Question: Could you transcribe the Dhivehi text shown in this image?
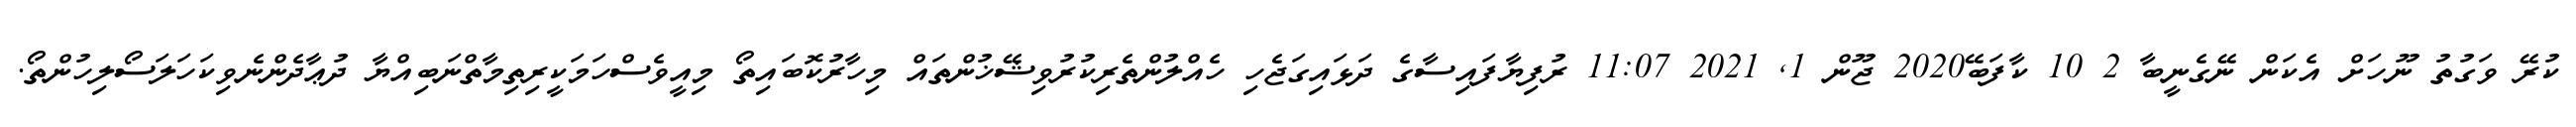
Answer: ކުރޭ ވަގުތު ނޫހަށް އެކަން ނޭގެނީބާ 2 10 ކާފަބޭ2020 ޖޫން 1, 2021 11:07 ރުފިޔާފައިސާގެ ދަޅައިގަޖެހި ހެއްލުންތެރިކުރުވިޝޭޚުންތައް މިހާރުކޮބައިތޯ މިއީވެސްހަމަކީރިތިމާތްނަބިއްޔާ ދުޢާދެންނެވިކަހަލަސޯލިހުންތޯ.